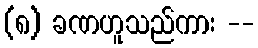
(၈) ခဏဟူသည်ကား --